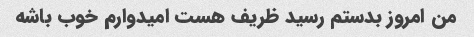
من امروز بدستم رسید ظریف هست امیدوارم خوب باشه